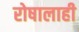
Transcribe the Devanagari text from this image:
रोषालाही